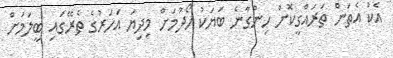
އެކު އެތަން ތަރައްގީކޮށް ހިންގާނެ ބަޔަކު ހޯދުމަށް މިދިޔަ އަހަރުގެ ތެރޭގައި ބީލަމަށް